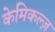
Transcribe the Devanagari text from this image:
केमिकल्ज़